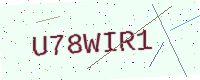
Text: U78WIR1